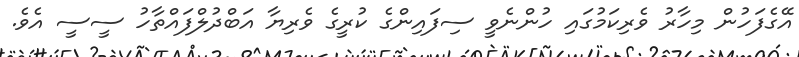
އޭގެފަހުން މިހާރު ވެރިކަމުގައި ހުންނެވީ ސިފައިންގެ ކުރީގެ ވެރިޔާ އަބްދުލްފައްތާހު ސީސީ އެވެ.